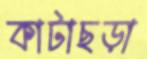
কাটাছড়া